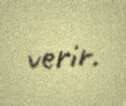
verir.